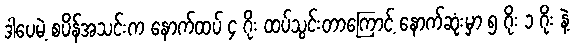
ဒါပေမဲ့ စပိန်အသင်းက နောက်ထပ် ၄ ဂိုး ထပ်သွင်းတာကြောင့် နောက်ဆုံးမှာ ၅ ဂိုး ၁ ဂိုး နဲ့